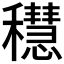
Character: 𥣴